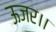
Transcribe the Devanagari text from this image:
ऊजर।।